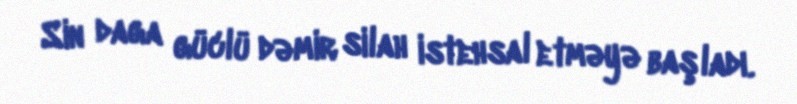
Sin daga güclü dəmir silah istehsal etməyə başladı.